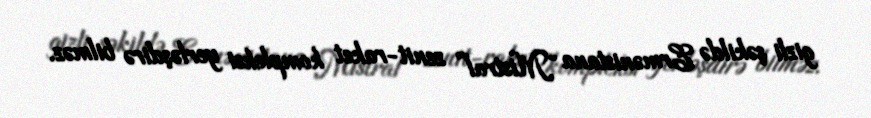
gizli şəkildə Ermənistana “Mistral” zenit-raket kompleksi yerləşdirə bilməz.